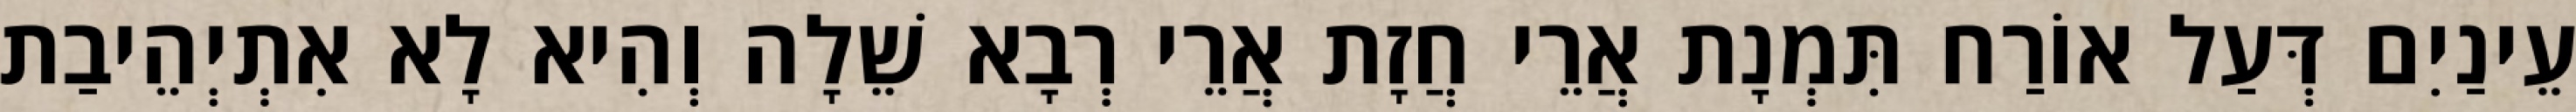
עֵינַיִם דְּעַל אוֹרַח תִּמְנָת אֲרֵי חֲזָת אֲרֵי רְבָא שֵׁלָה וְהִיא לָא אִתְיְהֵיבַת